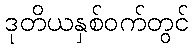
ဒုတိယနှစ်ဝက်တွင်